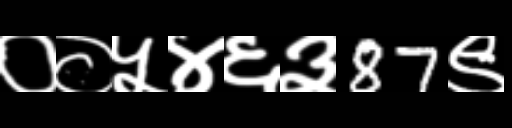
Text: ००५४६३87९